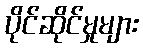
ပိုင်ဆိုင်မှုများ